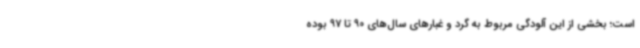
است؛ بخشی از این آلودگی مربوط به گرد و غبارهای سال‌های 90 تا 97 بوده